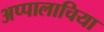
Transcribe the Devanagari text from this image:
अप्पालाचिया